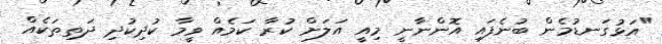
"އަޅުގަނޑުމެން ބުނެފައި އޮންނާނީ މިއީ އަލަށް ކުރާ ކަމެއް ވީމާ ކުދިކުދި ދަތިތަކެއް